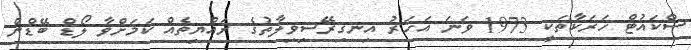
ސްކައުޓް ހަރަކާތަކީ 1973 ވަނަ އަހަރު އިނގިރޭސިވިލާތުގެ ރައްޔިތެއް ކަމަށްވާ ލޯޑް ބޭޑްން